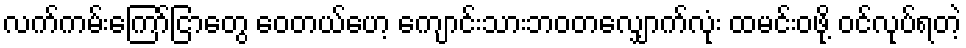
လက်ကမ်းကြော်ငြာတွေ ဝေတယ်ဟေ့ ကျောင်းသားဘဝတလျှောက်လုံး ထမင်းဝဖို့ ဝင်လုပ်ရတဲ့